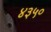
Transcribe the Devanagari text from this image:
४३५०